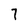
Character: 7